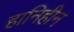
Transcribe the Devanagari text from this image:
हानिहीन